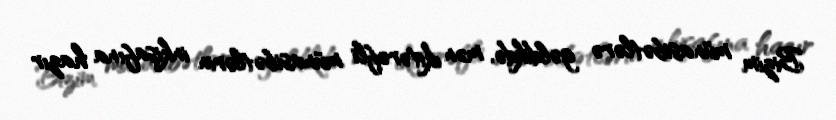
Bizim münasibətlərə gəldikdə, mən ikitərəfli münasibətlərin inkişafına hazır